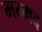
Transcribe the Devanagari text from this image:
मम्मद